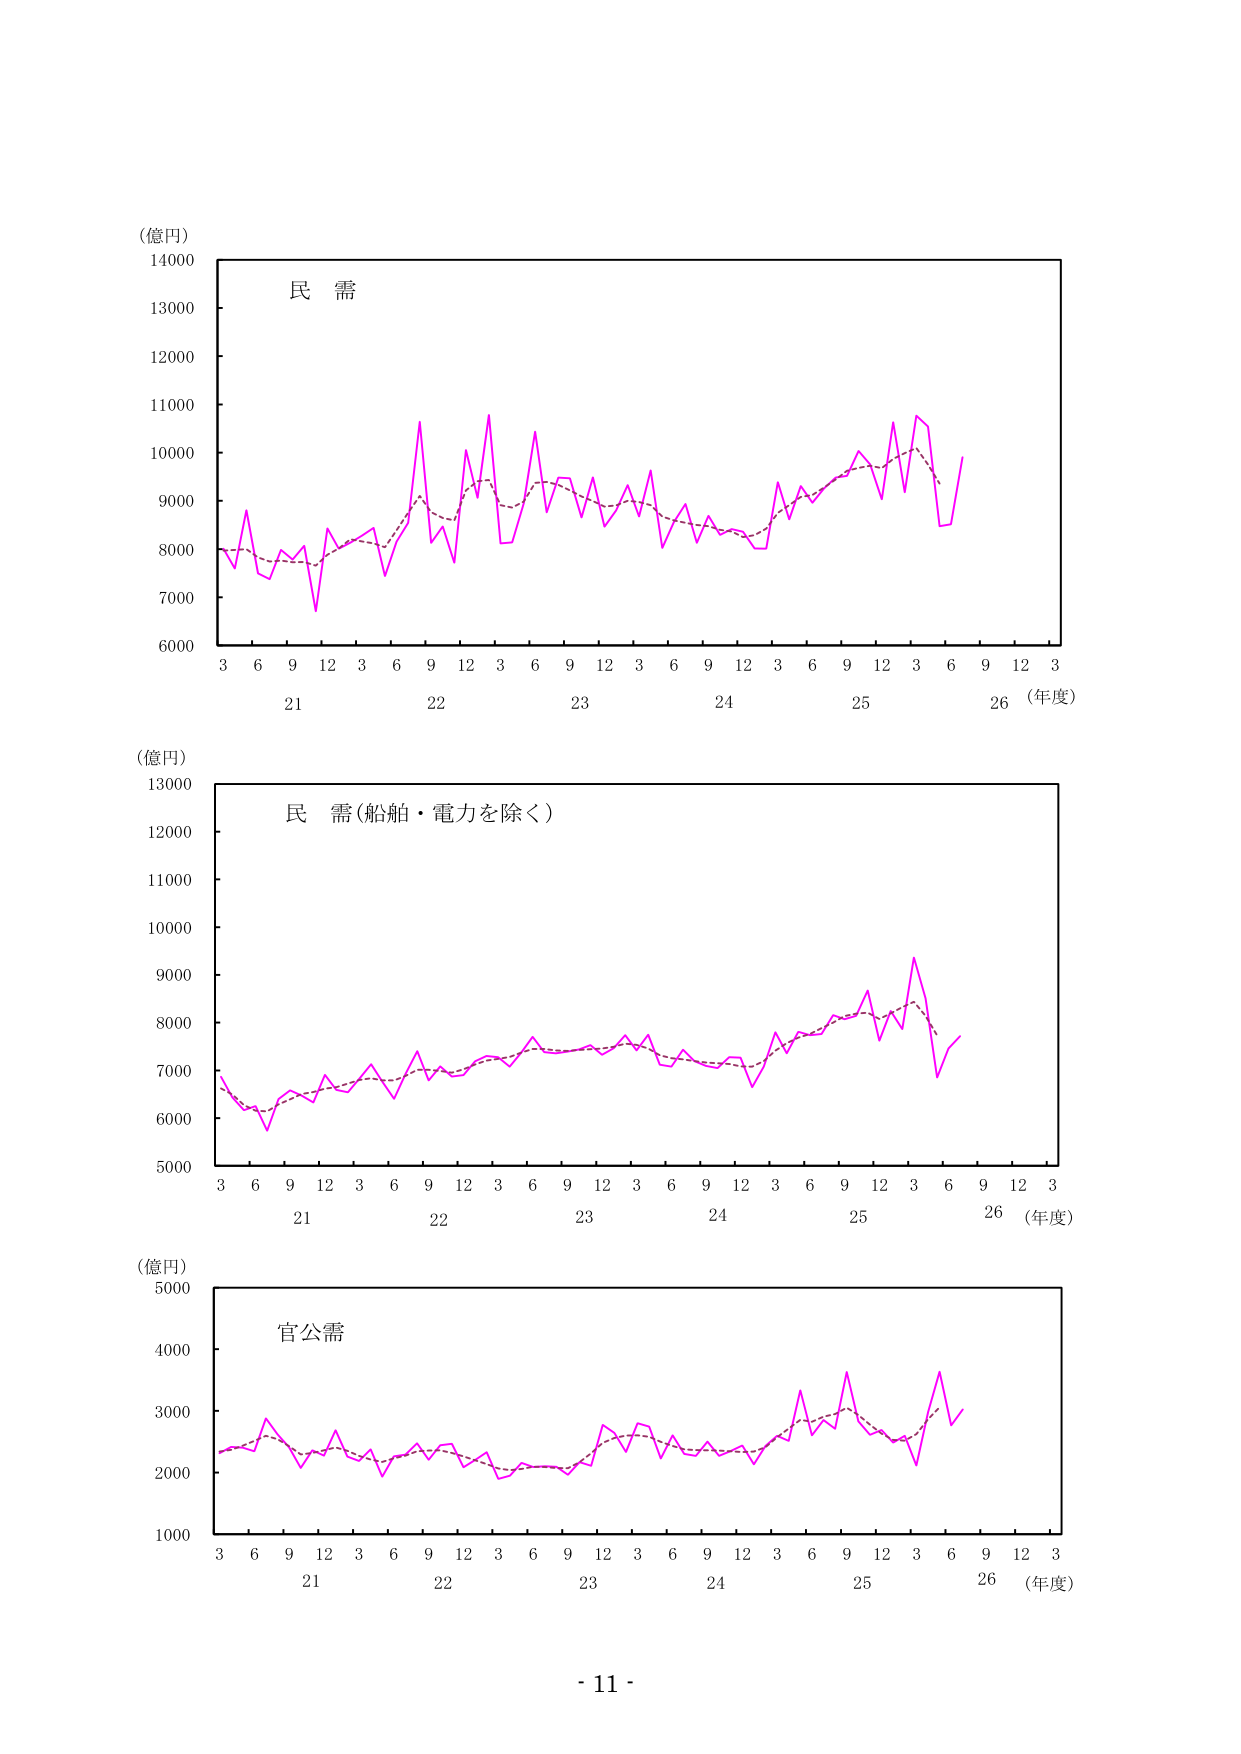
(億円)
14000
13000
12000
11000
10000
9000
8000
7000
6000
3 6 9 12 3 6 9 12 3 6 9 12 3 6 9 12 3 6 9 12 3
21 22 23 24 25 26 (年度)
民 需

(億円)
13000
12000
11000
10000
9000
8000
7000
6000
5000
3 6 9 12 3 6 9 12 3 6 9 12 3 6 9 12 3 6 9 12 3
21 22 23 24 25 26 (年度)
民 需(船舶・電力を除く)

(億円)
5000
4000
3000
2000
1000
3 6 9 12 3 6 9 12 3 6 9 12 3 6 9 12 3 6 9 12 3
21 22 23 24 25 26 (年度)
官公需

- 11 -